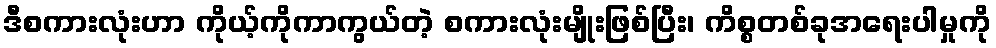
ဒီစကားလုံးဟာ ကိုယ့်ကိုကာကွယ်တဲ့ စကားလုံးမျိုးဖြစ်ပြီး၊ ကိစ္စတစ်ခုအရေးပါမှုကို